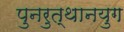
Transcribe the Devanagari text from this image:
पुनरुत्थानयुग